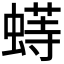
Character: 𬠟